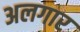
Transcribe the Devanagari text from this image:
अलगार